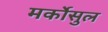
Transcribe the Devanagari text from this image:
मर्कोसुल